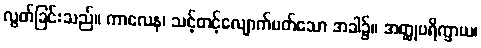
လွတ်ခြင်းသည်။ ကာလေန၊ သင့်တင့်လျောက်ပတ်သော အခါ၌။ အတ္ထုပရိက္ခာယ၊